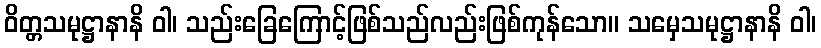
ဝိတ္တသမုဋ္ဌာနာနိ ဝါ၊ သည်းခြေကြောင့်ဖြစ်သည်လည်းဖြစ်ကုန်သော။ သမှေသမုဋ္ဌာနာနိ ဝါ၊